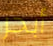
أبحر